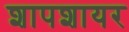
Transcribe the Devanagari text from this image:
शापशायर